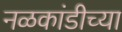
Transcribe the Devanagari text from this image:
नळकांडीच्या